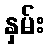
နှမ်း